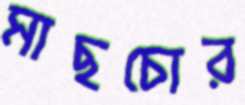
মাছচোর